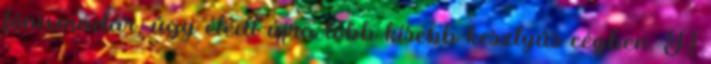
fônixmadár, úgy éledt újra több kisebb kesztyûs cégben. A